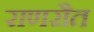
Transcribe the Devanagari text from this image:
राणरौत